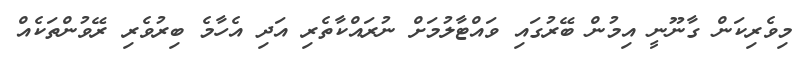
މިވެރިކަން ގާނޫނީ އިމުން ބޭރުގައި ވައްޓާލުމަށް ނުރައްކާތެރި އަދި އެހާމެ ބިރުވެރި ރޭވުންތަކެއް